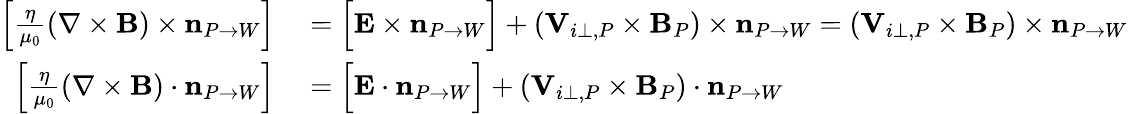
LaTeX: \begin{array}{rl}{{\Big[}\frac{\eta}{\mu_{0}}(\nabla\times{\mathbf B})\times\mathbf{n}_{P\rightarrow W}{\Big]}}&{{}={\Big[}{\mathbf E}\times\mathbf{n}_{P\rightarrow W}{\Big]}+\left({\mathbf V}_{i\perp,P}\times{\mathbf B}_{P}\right)\times\mathbf{n}_{P\rightarrow W}=\left({\mathbf V}_{i\perp,P}\times{\mathbf B}_{P}\right)\times\mathbf{n}_{P\rightarrow W}}\\ {{\Big[}\frac{\eta}{\mu_{0}}(\nabla\times{\mathbf B})\cdot\mathbf{n}_{P\rightarrow W}{\Big]}}&{{}={\Big[}{\mathbf E}\cdot\mathbf{n}_{P\rightarrow W}{\Big]}+\left({\mathbf V}_{i\perp,P}\times{\mathbf B}_{P}\right)\cdot\mathbf{n}_{P\rightarrow W}}\end{array}